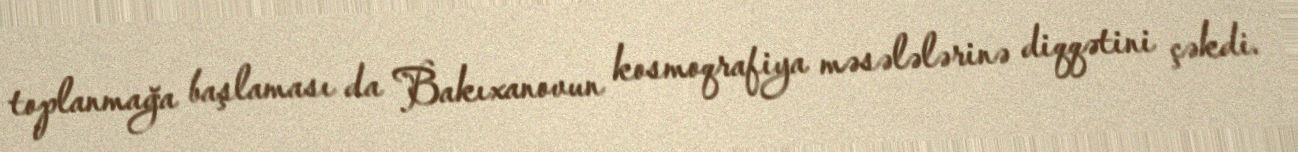
toplanmağa başlaması da Bakıxanovun kosmoqrafiya məsələlərinə diqqətini çəkdi.